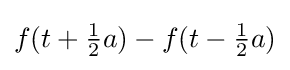
f(t+{\tfrac {1}{2}}a)-f(t-{\tfrac {1}{2}}a)